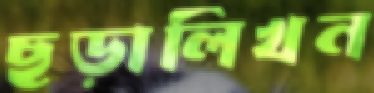
ছড়ালিখন